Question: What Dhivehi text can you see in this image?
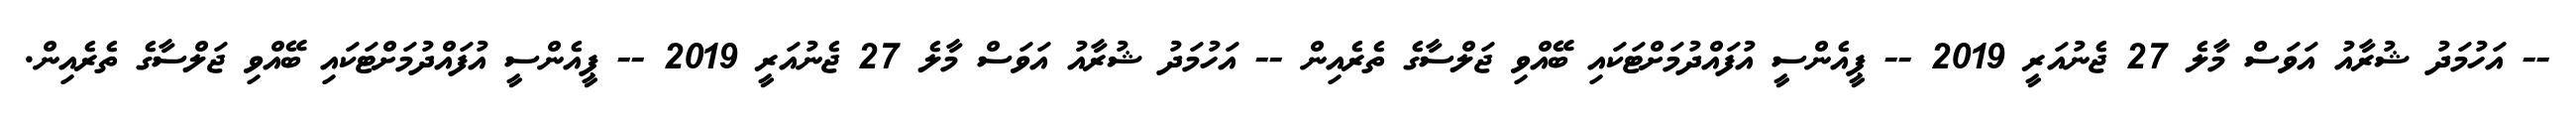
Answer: -- އަހުމަދު ޝުރާއު އަވަސް މާލެ 27 ޖެނުއަރީ 2019 -- ޕީއެންސީ އުފައްދުމަށްޓަކައި ބޭއްވި ޖަލްސާގެ ތެރެއިން -- އަހުމަދު ޝުރާއު އަވަސް މާލެ 27 ޖެނުއަރީ 2019 -- ޕީއެންސީ އުފައްދުމަށްޓަކައި ބޭއްވި ޖަލްސާގެ ތެރެއިން.